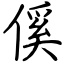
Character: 傒